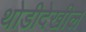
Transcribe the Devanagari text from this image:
थोडीदेखील